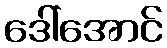
ဒေါ်အောင်